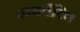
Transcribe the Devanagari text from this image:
कञर्वेटिव